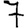
Digit: 7